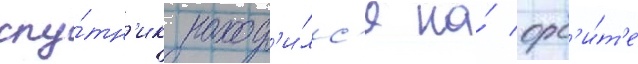
спу́тн'ик наход'и́лс'я на́ орб'и́т'е